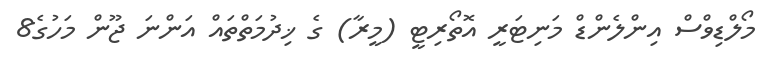
މޯލްޑިވްސް އިންލެންޑް މަނިޓަރީ އޮތޯރިޓީ (މީރާ) ގެ ޚިދުމަތްތައް އަންނަ ޖޫން މަހުގެ8